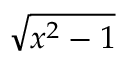
\sqrt { x ^ { 2 } - 1 }